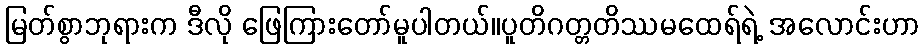
မြတ်စွာဘုရားက ဒီလို ဖြေကြားတော်မူပါတယ်။ပူတိဂတ္တတိဿမထေရ်ရဲ့ အလောင်းဟာ